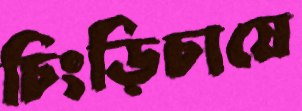
চিংড়িচাষে